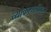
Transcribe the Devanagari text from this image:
व्याकरणविचार